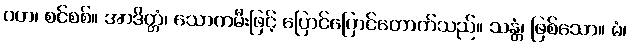
ဝတ၊ စင်စစ်။ အာဒိတ္တံ၊ သောကမီးဖြင့် ပြောင်ပြောင်တောက်သည်။ သန္တံ၊ ဖြစ်သော။ မံ၊